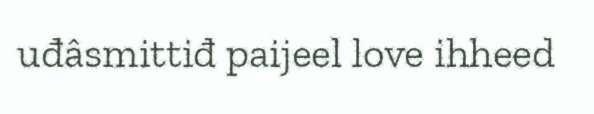
uđâsmittiđ paijeel love ihheed